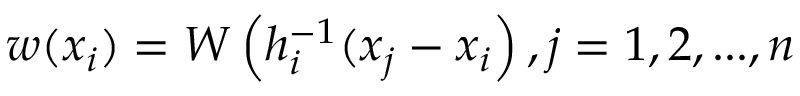
w ( x _ { i } ) = W \left( h _ { i } ^ { - 1 } ( x _ { j } - x _ { i } \right) , j = 1 , 2 , . . . , n